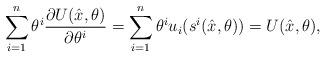
LaTeX: \begin{align*}\sum_{i=1}^n \theta^i\frac{\partial{U(\hat{x},\theta)}}{\partial{\theta^i}} = \sum_{i=1}^n \theta^i u_i(s^i(\hat{x},\theta))=U(\hat{x},\theta),\end{align*}